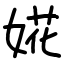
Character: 婲